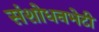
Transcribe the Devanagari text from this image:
संशोधनभेटी